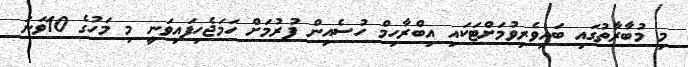
މި މުބާރާތުގައި ބައިވެރިވުމަށްޓަކައި އިބްރާހިމް ހުސެއިން ފުރުމަށް ހަމަޖެހިފައިވަނީ މި މަހުގެ 10ވަނަ